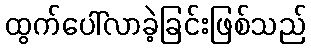
ထွက်ပေါ်လာခဲ့ခြင်းဖြစ်သည်